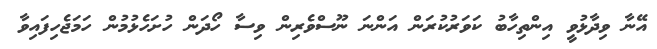
އޭނާ ވިދާޅުވީ އިންތިހާބު ކަވަރުކުރަން އަންނަ ނޫސްވެރިން ވިސާ ހޯދަން ހުށަހެޅުމުން ހަމަޖެހިފައިވާ